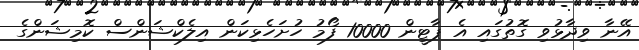
އޭނާ ވިދާޅުވި ގޮތުގައި އެ ޕާޓީން 10000 ފޯމު ހުށަހެޅިކަން އިލެކްޝަންސް ކޮމިޝަންގެ